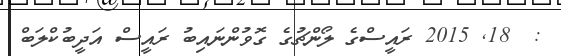
:  18